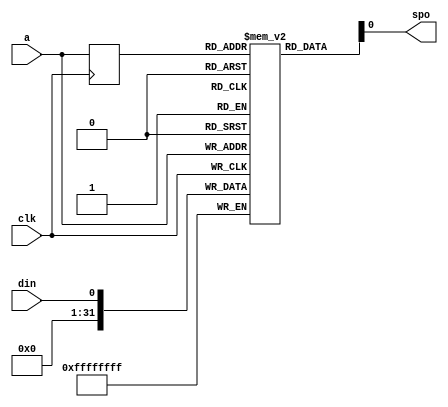
/* 
 Minimal example for inferring BRAM.
 https://www.xilinx.com/support/documentation/sw_manuals/xilinx14_7/xst_v6s6.pdf
 page 285
*/

module ram (a, clk, din, spo);
	parameter ADDRESSWIDTH = 10;
	parameter BITWIDTH = 32;
	parameter DEPTH = 1024;
		
	input clk, din;
	input [ADDRESSWIDTH-1:0] a;
	
	output spo;
	
	(* ram_style = "block" *)
	reg [BITWIDTH-1:0] ram [DEPTH-1:0];
	reg [ADDRESSWIDTH-1:0] read_a; 

	always @(posedge clk) begin
		ram [a] <= din;
		read_a <= a;
	end
	
	assign spo = ram [read_a];
endmodule